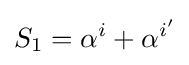
S_{1}=\alpha ^{i}+\alpha ^{i'}